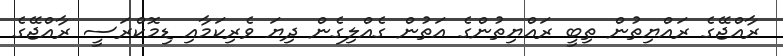
ރާއްޖޭގެ ރައްޔިތުން ތިބީ ރައްޔިތުންގެ އަތުން ގެއްލިގެން ދިޔަ ވެރިކަމާއި ޑިމޮކްރަސީ ރާއްޖޭގެ